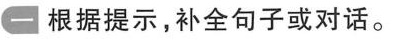
根据提示,补全句子或对话。